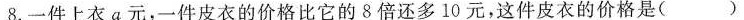
8.一件上衣a元，一件皮衣的价格比它的8倍还多10元，这件皮衣的价格是 ()元。